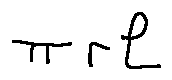
\pi r l